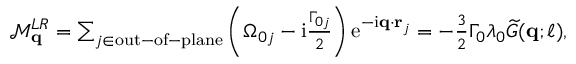
\begin{array} { r } { \mathcal { M } _ { \mathbf { q } } ^ { L R } = \sum _ { j \in \mathrm { o u t - o f - p l a n e } } \left( \Omega _ { 0 j } - \mathrm { i } \frac { \Gamma _ { 0 j } } { 2 } \right) \mathrm { e } ^ { - \mathrm { i } \mathbf { q } \cdot \mathbf { r } _ { j } } = - \frac { 3 } { 2 } \Gamma _ { 0 } \lambda _ { 0 } \widetilde G ( \mathbf { q } ; \ell ) , } \end{array}